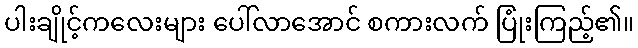
ပါးချိုင့်ကလေးများ ပေါ်လာအောင် စကားလက် ပြုံးကြည့်၏။